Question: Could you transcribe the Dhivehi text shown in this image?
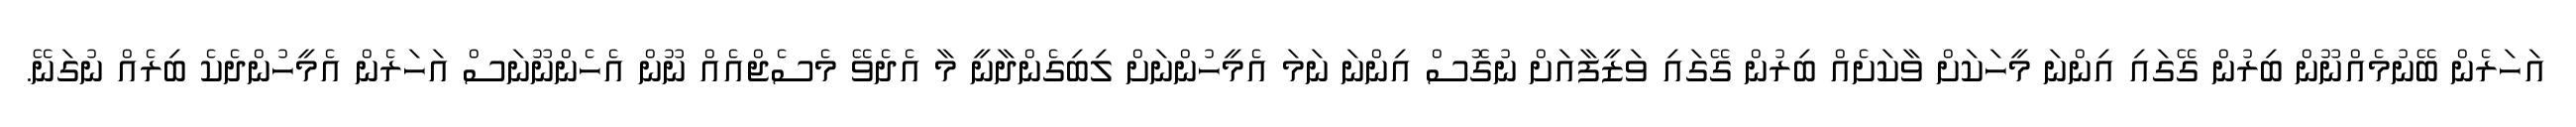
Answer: އަހަރެން ބޭނުމެއްނޫން ބިރުން ގޭގައި އިންނަ މީހަކަށް ވާކަށެއް ބިރުން ގޭގައި ވަޒީފާއަށް ނުގޮސް އިންނަ ނަމަ އެމީހުންނަށް ލިބިގެންދާނީ މާ އެދެވޭ މެސެޖްއެއް ނޫން އެހެންނޫނަސް އަހަރެން އެމީހުންދެކެ ބިރެއް ނުގަނޭ.